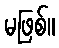
မဖြစ်။